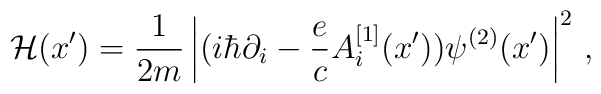
{\cal H}(x{'})= {1 \over 2m} \left|(i \hbar \partial_i - {e\over c} A_i^{[1]} (x{'})) \psi^{(2)} (x{'})\right|^2\,,